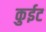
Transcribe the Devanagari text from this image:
कुईट